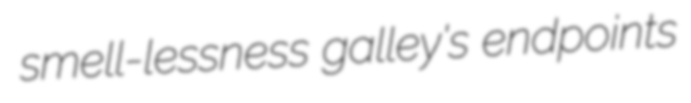
smell-lessness galley's endpoints